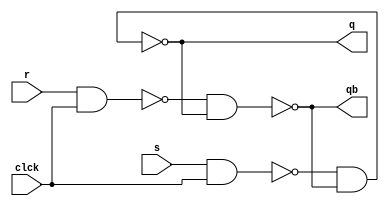
`timescale 1ns / 1ps
// Sequential circuits basic component is SR Flipflop
module SR_Flipflop(
    input s,r,clck,
    output q,qb
    );
    wire w1,w2;
    nand g1(w1,s,clck);
    nand g2(w2,r,clck);
    nand g3(q,w1,qb);  // we can also use SR latch using nand gates
    nand g4(qb,w2,q);
endmodule